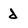
Character: d